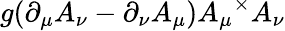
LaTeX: g(\partial_{\mu}A_{\nu}-\partial_{\nu}A_{\mu})A_{\mu}\, \! ^{\times}A_{\nu}